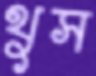
থুস